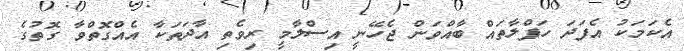
އެކަމަކު އެފަދަ ހަފްލާތައް ބާއްވަން ޖެހޭނީ އިސްލާމީ ރިވެތި އާދަތަކާ އެއްގޮތްވާ ގޮތުގެ